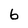
Character: 6